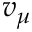
v _ { \mu }